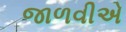
જાળવીએ